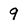
Character: 9